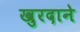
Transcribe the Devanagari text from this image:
खुरदाने